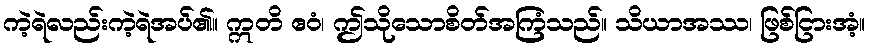
ကဲ့ရဲလည်းကဲ့ရဲအပ်၏။ ဣတိ ဧဝံ၊ ဤသိုသောစိတ်အကြံသည်။ သိယာအဿ၊ ဖြစ်ငြားအံ့။